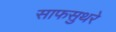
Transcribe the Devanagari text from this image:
साफसुथरे